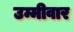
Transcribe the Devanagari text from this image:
उम्मीवार